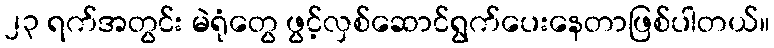
၂၃ ရက်အတွင်း မဲရုံတွေ ဖွင့်လှစ်ဆောင်ရွက်ပေးနေတာဖြစ်ပါတယ်။